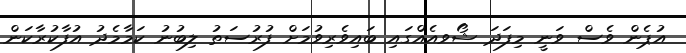
އުޕެން ވެސް ވަނީ މިފަދަ ޝޯވއެއްގައި ބައިވެރިވުމަށް ފުރުސަތު ލިބުނު ކަމާމެދު އުފާކުރާކަން